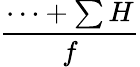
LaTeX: \frac{\cdots+\sum H}{f}